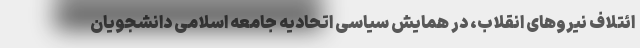
ائتلاف نیروهای انقلاب، در همایش سیاسی اتحادیه جامعه اسلامی دانشجویان